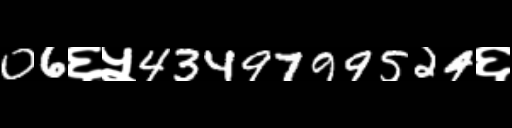
Text: 06६५4349799524६